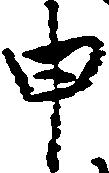
申